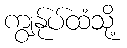
ကျွန်ုပ်ထံသို့